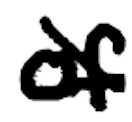
Text: of
Cross-out: diagonal
Writing tool: digital_black